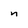
Character: n